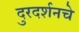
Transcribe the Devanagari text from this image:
दुरदर्शनचे